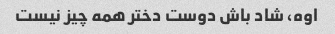
اوه، شاد باش دوست دختر همه چیز نیست